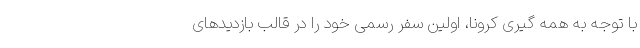
با توجه به همه گیری کرونا، اولین سفر رسمی خود را در قالب بازدیدهای